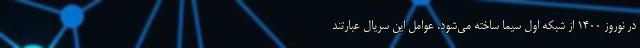
در نوروز ۱۴۰۰ از شبکه اول سیما ساخته می‌شود. عوامل این سریال عبارتند